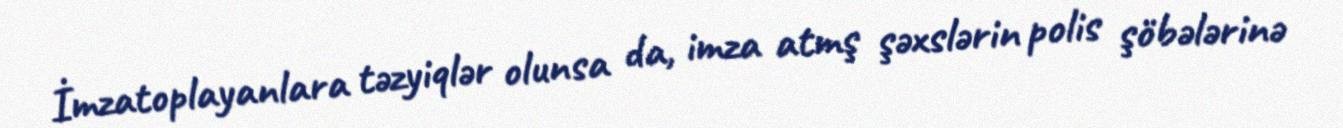
İmzatoplayanlara təzyiqlər olunsa da, imza atmş şəxslərin polis şöbələrinə